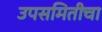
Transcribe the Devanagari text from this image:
उपसमितीचा